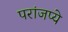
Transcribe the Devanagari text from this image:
परांजप्ये